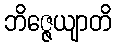
ဘိဇ္ဇေယျာတိ